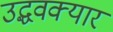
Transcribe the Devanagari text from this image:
उद्धवक्यार